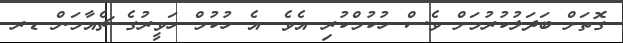
ގޮތަށް ބަދަލުކުރުމަށް ވެސް ހުކުމްކުރި އެވެ. އެ ހުކުމް ހަވީރުގެ ޗެއާމަން ޑރ.